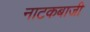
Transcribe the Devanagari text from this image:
नाटकबाजी